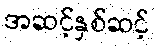
အဆင့်နှစ်ဆင့်